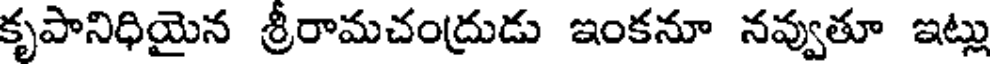
కృపానిధియైన శ్రీరామచంద్రుడు ఇంకనూ నవ్వుతూ ఇట్లు